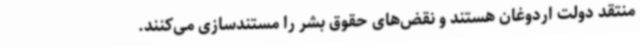
منتقد دولت اردوغان هستند و نقض‌های حقوق بشر را مستندسازی می‌کنند.